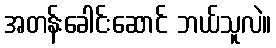
အတန်းခေါင်းဆောင် ဘယ်သူလဲ။